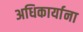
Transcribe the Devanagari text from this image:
अधिकार्याना